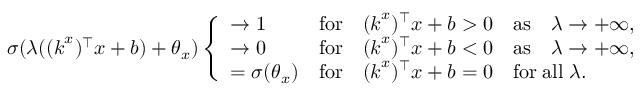
\sigma ( \lambda ( ( \boldsymbol { k } ^ { x } ) ^ { \top } \boldsymbol { x } + b ) + \theta _ { x } ) \left\{ \begin{array} { l l } { \to 1 } & { \mathrm { f o r } \quad ( \boldsymbol { k } ^ { x } ) ^ { \top } \boldsymbol { x } + b > 0 \quad \mathrm { a s } \quad \lambda \to + \infty , } \\ { \to 0 } & { \mathrm { f o r } \quad ( \boldsymbol { k } ^ { x } ) ^ { \top } \boldsymbol { x } + b < 0 \quad \mathrm { a s } \quad \lambda \to + \infty , } \\ { = \sigma ( \theta _ { x } ) } & { \mathrm { f o r } \quad ( \boldsymbol { k } ^ { x } ) ^ { \top } \boldsymbol { x } + b = 0 \quad \mathrm { f o r } \; \mathrm { a l l } \; \lambda . } \end{array} \right.